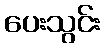
ပေးသွင်း